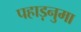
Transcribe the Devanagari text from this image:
पहाड़नुमा